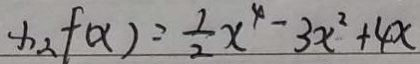
x _ { 2 } f ( x ) = \frac { 1 } { 2 } x ^ { 4 } - 3 x ^ { 2 } + 4 x